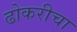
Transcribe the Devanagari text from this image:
ढोकरीचा